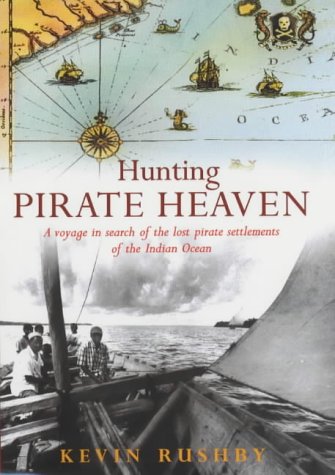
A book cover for Hunting Pirate Heaven; Kevin Rushby; Travel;